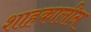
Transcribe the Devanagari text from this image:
शाहकालीन